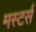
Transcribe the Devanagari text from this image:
मस्टर्स